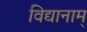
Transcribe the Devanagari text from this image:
विद्यानाम्